Annual report on the working of the lock hospitals in the Central Provinces
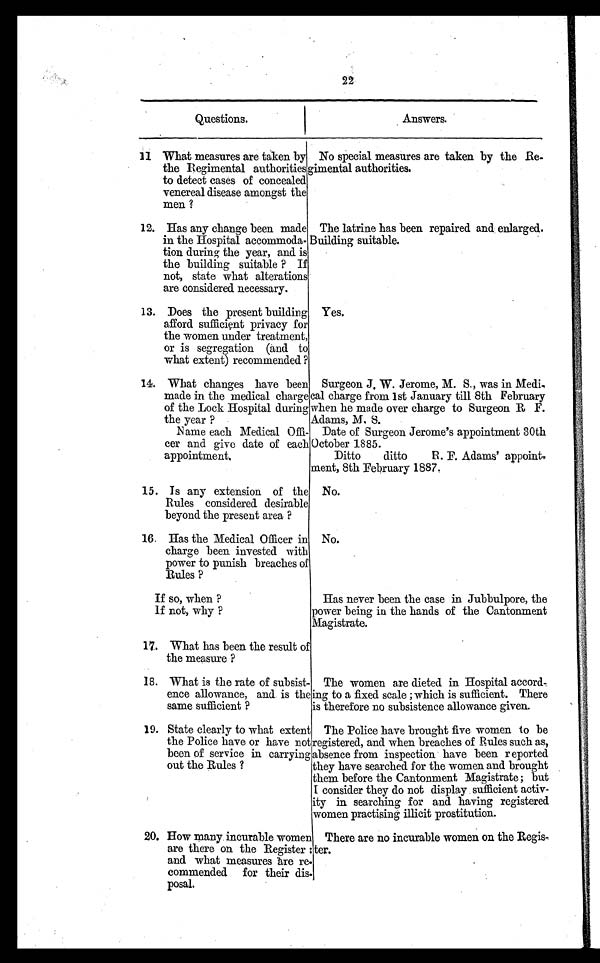
22
Questions.
Answers.
11 What measures are taken by
the Regimental authorities
to detect cases of concealed
venereal disease amongst the
men ?
No special measures are taken by the Re-
gimental authorities.
12. Has any change been made
in the Hospital accommoda-
tion during the year, and. is
the building suitable ? If
not, state what alterations
are considered necessary.
The latrine has been repaired and enlarged.
Building suitable.
13. Does the present building
afford sufficient privacy for
the women under treatment,
or is segregation (and to
what extent) recommended ?
Yes.
14. What changes have been
made in the medical charge
of the Lock Hospital during
the year ?
Surgeon J. W. Jerome, M. S., was in Medi
cal charge from 1st January till 8th February
when he made over charge to Surgeon R F.
Adams, M. S.
Name each Medical Offi-
cer and give date of each
appointment.
Date of Surgeon Jerome's appointment 30th
October 1885.
Ditto ditto R. F. Adams' appoint
went, 8th February 1887.
15. Is any extension of the
Rules considered desirable
beyond the present area ?
No.
16. Has the Medical Officer in
charge been invested with
power to punish breaches of
Rules ?
No.
If so, when ?
If not, why ?
Has never been the case in Jubbulpore, the
power being in the hands of the Cantonment
Magistrate.
17. What has been the result of
the measure ?
18. What is the rate of subsist-
ence allowance, and is the
same sufficient ?
The women are dieted. in Hospital accord-
ing to a fixed scale ; which is sufficient. There
is therefore no subsistence allowance given.
19. State clearly to what extent
the Police have or have not
been of service in carrying
out the Rules ?
The Police have brought five women to be
registered, and when breaches of Rules such as,
absence from inspection have been reported
they have searched for the women and brought
them before the Cantonment Magistrate; but
I consider they do not display sufficient activ-
ity in searching for and having registered
women practising illicit prostitution.
20. How many incurable women
are there on the Register
and what measures are re-
commended for their dis
posal.
There are no incurable women on the Regis-
ter.